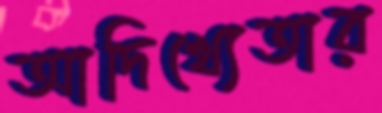
আদিখ্যেতার